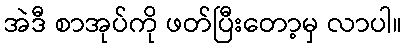
အဲဒီ စာအုပ်ကို ဖတ်ပြီးတော့မှ လာပါ။